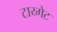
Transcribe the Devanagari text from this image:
टाय्गेट